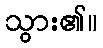
သွား၏။